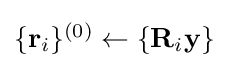
{\textstyle \{\mathbf {r} _{i}\}^{(0)}\gets \{\mathbf {R} _{i}\mathbf {y} \}}